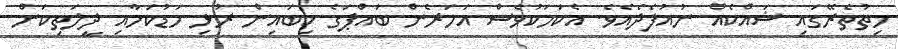
ހިތުތެރޭގައި ޝައްކެއް ނުއުފެދެއެވެ. އެކަމަކުވެސް އަހަރެން ބައްޕަގެ ކިބައިން ރުޅި މަޑުކަމާއި ދީލަތިކަން